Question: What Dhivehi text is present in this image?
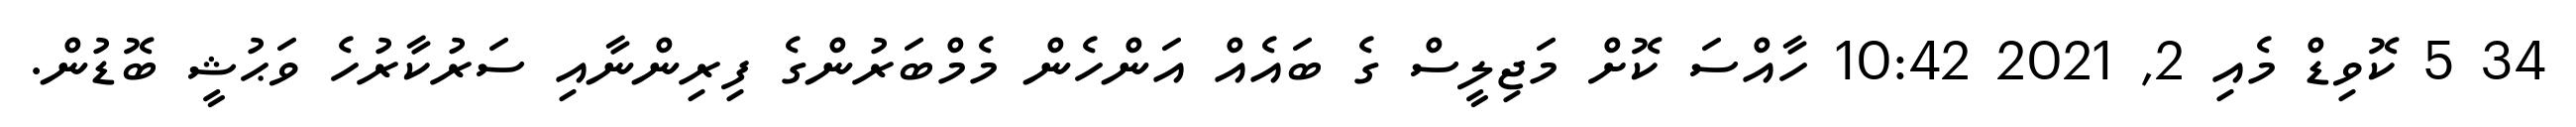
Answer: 34 5 ކޮވިޑް މެއި 2, 2021 10:42 ހާއްސަ ކޮށް މަޖިލީސް ގެ ބައެއް އަންހެން މެމްބަރުންގެ ފިރިންނާއި ސަރުކާރުހެ ވަޙުޝީ ބޮޑުން.